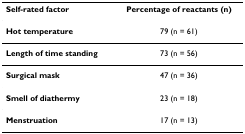
<table><thead><tr><td><b>Self-rated factor</b></td><td><b>Percentage of reactants (n)</b></td></tr></thead><tbody><tr><td><b>Hot temperature</b></td><td>79 (n = 61)</td></tr><tr><td><b>Length of time standing</b></td><td>73 (n = 56)</td></tr><tr><td><b>Surgical mask</b></td><td>47 (n = 36)</td></tr><tr><td><b>Smell of diathermy</b></td><td>23 (n = 18)</td></tr><tr><td><b>Menstruation</b></td><td>17 (n = 13)</td></tr></tbody></table>